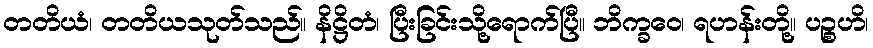
တတိယံ၊ တတိယသုတ်သည်။ နိဋ္ဌိတံ၊ ပြီးခြင်းသို့ရောက်ပြီ။ ဘိက္ခဝေ၊ ရဟန်းတို့။ ပဉ္စဟိ၊